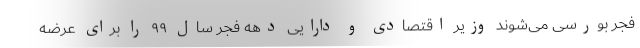
فجر بورسی می‌شوند وزیر اقتصادی و دارایی دهه فجر سال ۹۹ را برای عرضه